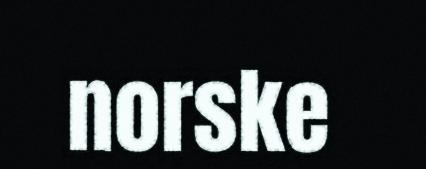
norske